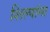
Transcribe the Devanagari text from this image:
शिल्पांना